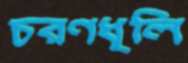
চরণধূলি